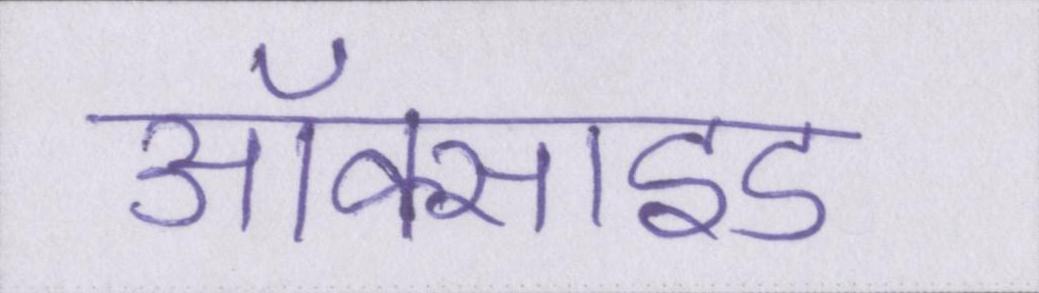
ऑक्साइड